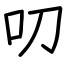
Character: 叨